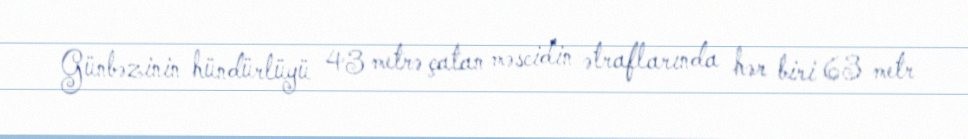
Günbəzinin hündürlüyü 43 metrə çatan məscidin ətraflarında hər biri 63 metr